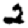
Digit: 2